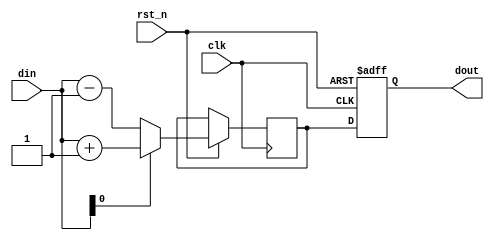
module SequentialLogicExample (
    input wire clk,       // Clock input
    input wire rst_n,    // Active-low reset
    input wire[3:0] din, // 4-bit input data
    output reg[3:0] dout // 4-bit output data
);
    
    // Internal signal declaration
    reg[3:0] temp;
    
    // Sequential logic block (sensitive to clock and reset)
    always @(posedge clk or negedge rst_n) begin
        if (!rst_n) begin
            dout <= 4'b0000; // Initialize output to 0 on reset
        end else begin
            // Update temp based on input conditions
            if (din[0]) begin
                temp <= din + 4'b0001; // Increment when least significant bit is high
            end else begin
                temp <= din - 4'b0001; // Decrement otherwise
            end
            
            // Assign the temp value to dout
            dout <= temp; // Non-blocking assignment to output
        end
    end

endmodule